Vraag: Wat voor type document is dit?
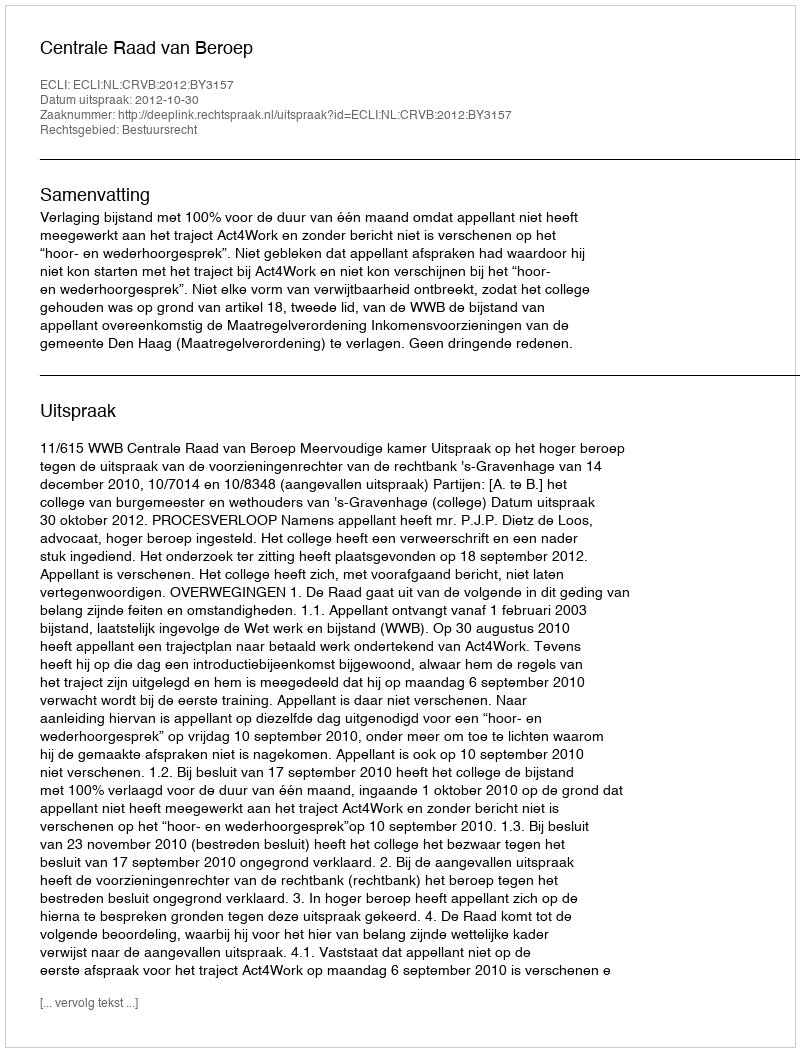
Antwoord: Uitspraak